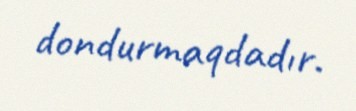
dondurmaqdadır.